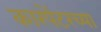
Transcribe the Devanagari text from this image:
कारपेंटरच्या